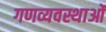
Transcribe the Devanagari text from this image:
गणव्यवस्थाओं